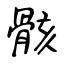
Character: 骸